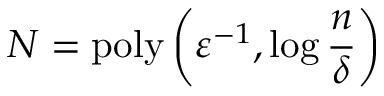
N = \mathrm { p o l y } \left( \varepsilon ^ { - 1 } , \log \frac { n } { \delta } \right)